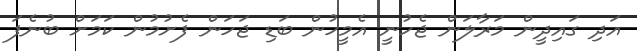
އަދި ގައިދީން މަރާލަން ޖެހުނީ އެމީހުން ބަޑި ޖަހަން ފެށުމުން ކަމަށް ބުނެފަ